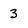
Character: 3